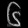
Digit: ၆